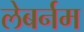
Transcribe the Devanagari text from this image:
लेबर्नम